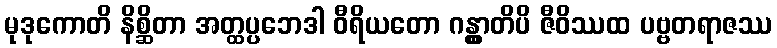
မုဒုကောတိ နိစ္ဆိတာ အတ္ထပ္ပဘေဒါ ဝီရိယတော ဂန္တွာတိပိ ဇီဝိဿထ ပဗ္ဗတရာဇဿ